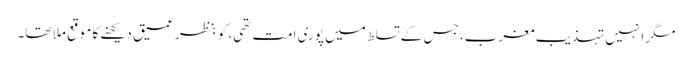
مگر انہیں تہذیبِ مغرب، جس کے تسلط میں پوری امت تھی، کو بنظرِ عمیق دیکھنے کا موقع ملا تھا۔